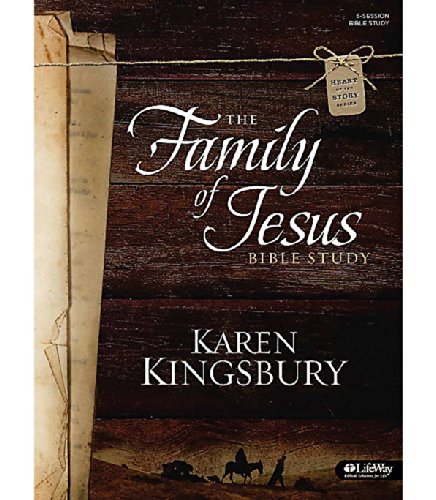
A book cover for The Family of Jesus: Bible Study (Heart of the Story); Karen Kingsbury; Christian Books & Bibles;